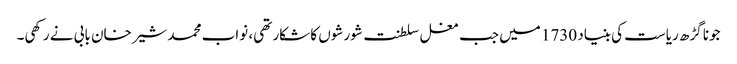
جونا گڑھ ریاست کی بنیاد 1730 میں جب مغل سلطنت شورشوں کا شکار تھی، نواب محمد شیرخان بابی نے رکھی۔